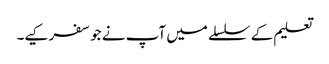
تعلیم کے سلسلے میں آپ نے جو سفر کیے۔